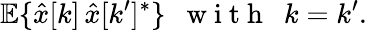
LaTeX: {\mathbb E}\{ \hat{x}[k]\, \hat{x}[k^{\prime}]^{*}\} ~~\mathrm{~w~i~t~h~}~~k=k^{\prime}.